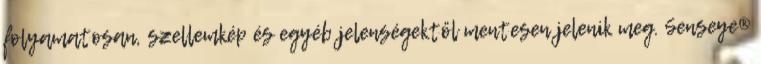
folyamatosan, szellemkép és egyéb jelenségektől mentesen jelenik meg. Senseye®